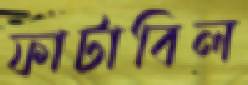
ফাটাবিল